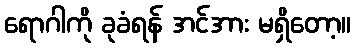
ရောဂါကို ခုခံရန် အင်အား မရှိတော့။